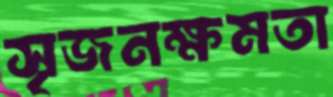
সৃজনক্ষমতা